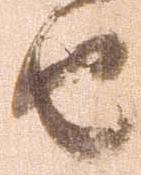
由